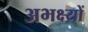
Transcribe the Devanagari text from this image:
अभक्ष्यों